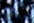
الجلد